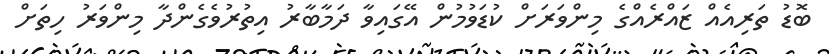
ބޮޑު ތަރިއެއް ޒައްރެއްގެ މިންވަރަށް ކުޑަވުމުން އޭގައިވާ ދަމާބާރު އިތުރުވެގެންދާ މިންވަރު ހިތަށް